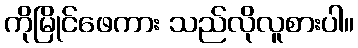
ကိုမြိုင်ဖေကား သည်လိုလူစားပါ။